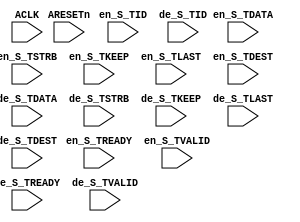
//-------------------------------------------------------
// Copyright (c) 2015 by Ando Ki
// All right reserved.
//
// http://www.dynalith.com
// adki@dynalith.com
//-------------------------------------------------------
`timescale 1ns/1ns

module check_stream
     #(parameter STREAM_WIDTH_DATA=64
               , STREAM_WIDTH_DS=(STREAM_WIDTH_DATA/8)
               , STREAM_WIDTH_TID=8
               , STREAM_WIDTH_TDEST=3
               , STREAM_WIDTH_TUSER=1
       )
(
       input   wire                           ARESETn
     , input   wire                           ACLK
     //--------------------------------------------------
     , input   wire                           en_S_TREADY
     , input   wire                           en_S_TVALID
     , input   wire  [STREAM_WIDTH_DATA-1:0]  en_S_TDATA
     , input   wire  [STREAM_WIDTH_DS-1:0]    en_S_TSTRB
     , input   wire  [STREAM_WIDTH_DS-1:0]    en_S_TKEEP
     , input   wire                           en_S_TLAST
     , input   wire  [STREAM_WIDTH_TID-1:0]   en_S_TID
     , input   wire  [STREAM_WIDTH_TDEST-1:0] en_S_TDEST
     `ifdef AMBA_AXI_TUSER
     , input   wire  [STREAM_WIDTH_TUSER-1:0] en_S_TUSER
     `endif
     //----------------------------------------------------
     , input   wire                           de_S_TREADY
     , input   wire                           de_S_TVALID
     , input   wire  [STREAM_WIDTH_DATA-1:0]  de_S_TDATA
     , input   wire  [STREAM_WIDTH_DS-1:0]    de_S_TSTRB
     , input   wire  [STREAM_WIDTH_DS-1:0]    de_S_TKEEP
     , input   wire                           de_S_TLAST
     , input   wire  [STREAM_WIDTH_TID-1:0]   de_S_TID
     , input   wire  [STREAM_WIDTH_TDEST-1:0] de_S_TDEST
     `ifdef AMBA_AXI_TUSER
     , input   wire  [STREAM_WIDTH_TUSER-1:0] de_S_TUSER
     `endif
     //----------------------------------------------------
);
    //---------------------------------------------
    reg [63:0]  r_textI[0:127];
    reg [63:0]  r_textO;
    integer     idx, idy;
    //---------------------------------------------
    always @ (posedge ACLK or negedge ARESETn) begin
         if (ARESETn==1'b0) begin
             r_textI[0] <= 64'b0;
             r_textI[1] <= 64'b0;
             idx        <= 0;
         end else begin
             if (en_S_TREADY&en_S_TVALID) begin
                 r_textI[idx] <= en_S_TDATA;
                 idx <= (idx+1)%128;
             end
         end
    end
    //---------------------------------------------
    always @ (posedge ACLK or negedge ARESETn) begin
         if (ARESETn==1'b0) begin
             r_textO <= 64'b0;
             idy     <= 0;
         end else begin
             if (de_S_TVALID&de_S_TREADY) begin
                 if (r_textI[idy]!=de_S_TDATA) begin
$display("%4d Error: %4d cryption check in=0x%x out=0x%x",
          $time, idy, r_textI[63], de_S_TDATA);
                 end else begin
`ifdef VERBOSE
$display("%4d OK: %4d   decryption after encryption check", $time, idy);
`endif
                 end
                 idy = (idy+1)%128;
             end
         end
    end
endmodule